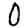
Digit: 0